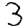
Digit: 3